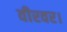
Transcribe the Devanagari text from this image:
वीरवर।